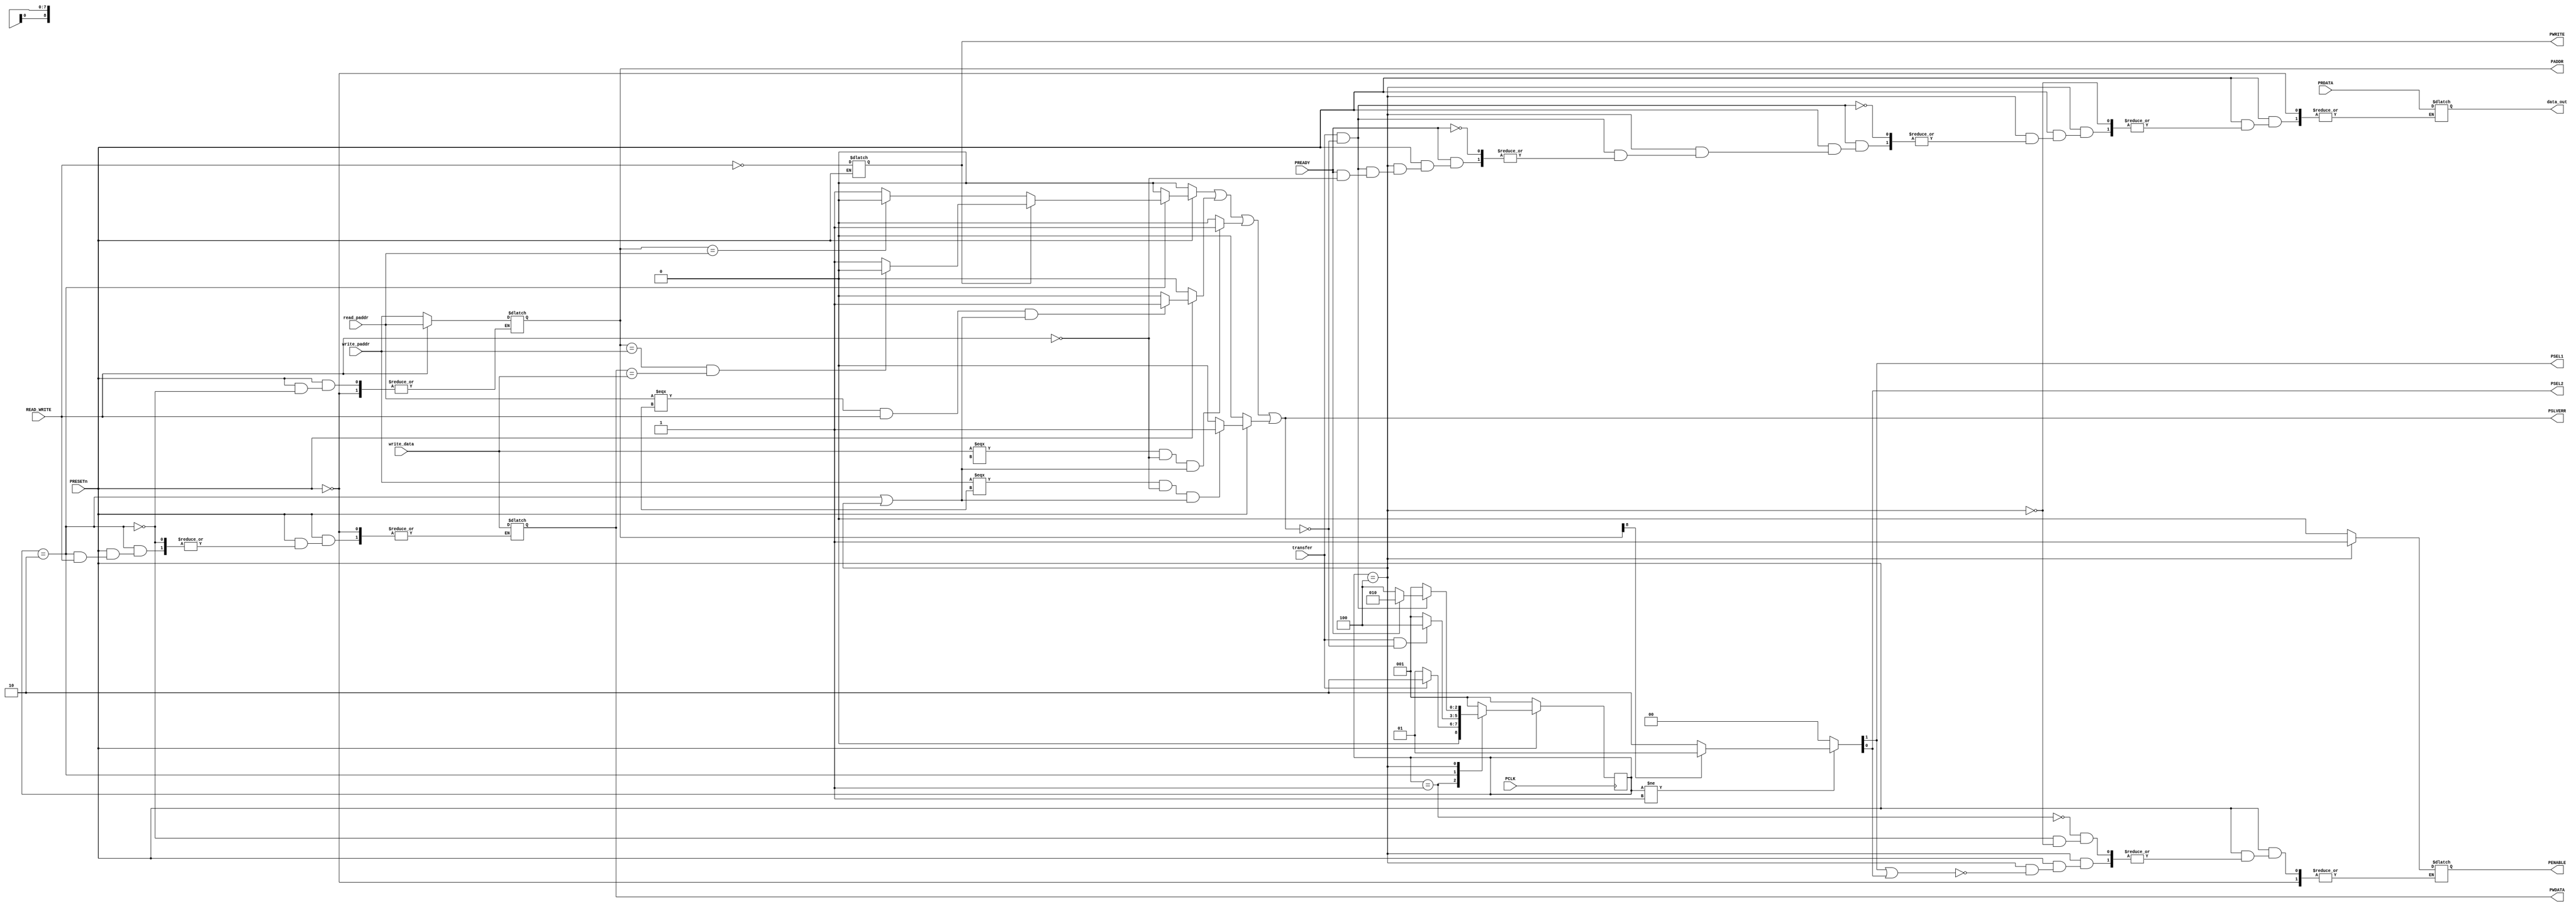
`timescale 1ns/1ns

  module master_bridge(
	input [8:0]write_paddr,read_paddr,
	input [7:0] write_data,PRDATA,         
	input PRESETn,PCLK,READ_WRITE,transfer,PREADY,
	output PSEL1,PSEL2,
	output reg PENABLE,
	output reg [8:0]PADDR,
	output reg PWRITE,
	output reg [7:0]PWDATA,data_out,
	output PSLVERR ); 
       
   
  reg [2:0] state, next_state;

  reg invalid_setup_error,
      setup_error,
      invalid_read_paddr,
      invalid_write_paddr,
      invalid_write_data ;
  
  localparam IDLE = 3'b001, SETUP = 3'b010, ACCESS = 3'b100 ;


  always @(posedge PCLK)
  begin
	if(!PRESETn)
		state <= IDLE;
	else
		state <= next_state; 
  end

  always @(state,transfer,PREADY)

  begin
	if(!PRESETn)
	  next_state = IDLE;
	else
          begin
             PWRITE = ~READ_WRITE;
	     case(state)
                  
		     IDLE: begin 
		              PENABLE =0;

		            if(!transfer)
	        	      next_state = IDLE ;
	                    else
			      next_state = SETUP;
	                   end

	       	SETUP:   begin
			    PENABLE =0;

			    if(READ_WRITE) 
				 
	                       begin   PADDR = read_paddr; end
			    else 
			      begin   
			          //@(posedge PCLK)
                                  PADDR = write_paddr;
				  PWDATA = write_data;  end
			    
			    if(transfer && !PSLVERR)
			      next_state = ACCESS;
		            else
           	              next_state = IDLE;
		           end

	       	ACCESS: 
		     begin if(PSEL1 || PSEL2)
		           PENABLE =1;
			   if(transfer & !PSLVERR)
			   begin
				   if(PREADY)
				   begin
					if(!READ_WRITE)
				         begin
				          
					   next_state = SETUP; end
					else 
					   begin
					   next_state = SETUP; 
				          	   
                                           data_out = PRDATA; 
					   end
			            end
				    else next_state = ACCESS;
		              end
		             else next_state = IDLE;
			 end
			   
		       
                             
                       
                                 default: next_state = IDLE; 
               	endcase
             end
          end


 
     assign {PSEL1,PSEL2} = ((state != IDLE) ? (PADDR[8] ? {1'b0,1'b1} : {1'b1,1'b0}) : 2'd0);

  // PSLVERR LOGIC
  
  always @(*)
       begin
        if(!PRESETn)
	    begin 
	     setup_error =0;
	     invalid_read_paddr = 0;
	     invalid_write_paddr = 0;
	     invalid_write_paddr =0 ;
	    end
        else
	 begin	
          begin
	  if(state == IDLE && next_state == ACCESS)
   		  setup_error = 1;
	  else setup_error = 0;
          end
          begin
          if((write_data===8'dx) && (!READ_WRITE) && (state==SETUP || state==ACCESS))
		  invalid_write_data =1;
	  else invalid_write_data = 0;
          end
          begin
	  if((read_paddr===9'dx) && READ_WRITE && (state==SETUP || state==ACCESS))
		  invalid_read_paddr = 1;
	  else  invalid_read_paddr = 0;
          end
          begin
          if((write_paddr===9'dx) && (!READ_WRITE) && (state==SETUP || state==ACCESS))
		  invalid_write_paddr =1;
          else invalid_write_paddr =0;
          end
          begin
	  if(state == SETUP)
            begin
                 if(PWRITE)
                      begin
                         if(PADDR==write_paddr && PWDATA==write_data)
                              setup_error=1'b0;
                         else
                               setup_error=1'b1;
                       end
                 else 
                       begin
                          if (PADDR==read_paddr)
                                 setup_error=1'b0;
                          else
                                 setup_error=1'b1;
                       end    
              end 
          
         else setup_error=1'b0;
         end 
       end
       invalid_setup_error = setup_error ||  invalid_read_paddr || invalid_write_data || invalid_write_paddr  ;
     end 

   assign PSLVERR =  invalid_setup_error ;

	 

 endmodule